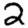
Digit: 2